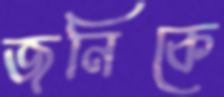
জনিকে